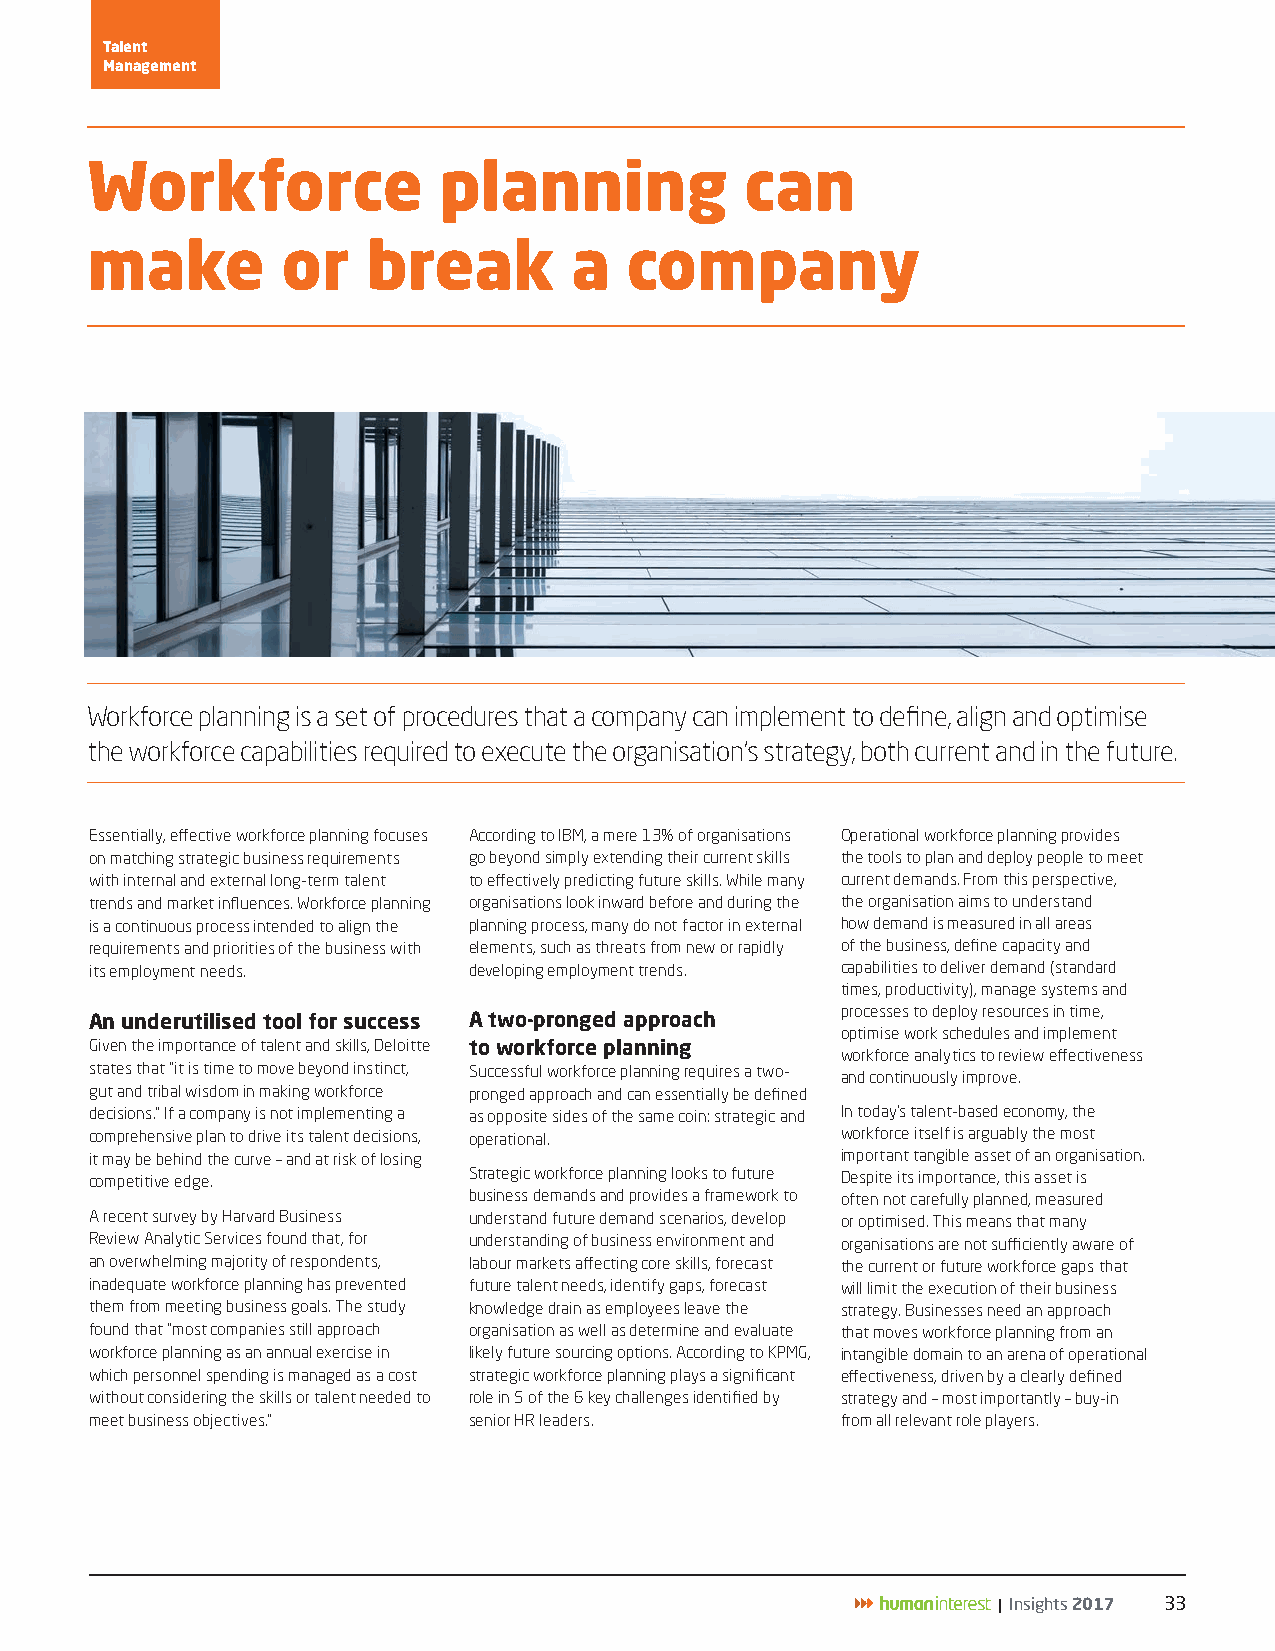
Talent
 Management
 Workforce              planning            can
 make         or   break         a  company
 Workforce planning is a set of procedures that a company can implement to define, align and optimise
 the workforce capabilities required to execute the organisation’s strategy, both current and in the future.
 Essentially, effective workforce planning focuses According to IBM, a mere 13% of organisations Operational workforce planning provides
 on matching strategic business requirements go beyond simply extending their current skills the tools to plan and deploy people to meet
 with internal and external long-term talent to effectively predicting future skills. While many current demands. From this perspective,
 trends and market influences. Workforce planning organisations look inward before and during the the organisation aims to understand
 is a continuous process intended to align the planning process, many do not factor in external how demand is measured in all areas
 requirements and priorities of the business with elements, such as threats from new or rapidly of the business, define capacity and
 its employment needs.    developing employment trends. capabilities to deliver demand (standard
 times, productivity), manage systems and
 processes to deploy resources in time,
 An underutilised tool for success A two-pronged approach
 optimise work schedules and implement
 Given the importance of talent and skills, Deloitte to workforce planning
 workforce analytics to review effectiveness
 states that “it is time to move beyond instinct, Successful workforce planning requires a two-
 and continuously improve.
 gut and tribal wisdom in making workforce pronged approach and can essentially be defined
 decisions.” If a company is not implementing a as opposite sides of the same coin: strategic and In today’s talent-based economy, the
 comprehensive plan to drive its talent decisions, operational. workforce itself is arguably the most
 it may be behind the curve – and at risk of losing important tangible asset of an organisation.
 competitive edge.        Strategic workforce planning looks to future Despite its importance, this asset is
 business demands and provides a framework to often not carefully planned, measured
 A recent survey by Harvard Business understand future demand scenarios, develop or optimised. This means that many
 Review Analytic Services found that, for understanding of business environment and organisations are not sufficiently aware of
 an overwhelming majority of respondents, labour markets affecting core skills, forecast the current or future workforce gaps that
 inadequate workforce planning has prevented future talent needs, identify gaps, forecast will limit the execution of their business
 them from meeting business goals. The study knowledge drain as employees leave the strategy. Businesses need an approach
 found that “most companies still approach organisation as well as determine and evaluate that moves workforce planning from an
 workforce planning as an annual exercise in likely future sourcing options. According to KPMG, intangible domain to an arena of operational
 which personnel spending is managed as a cost strategic workforce planning plays a significant effectiveness, driven by a clearly defined
 without considering the skills or talent needed to role in 5 of the 6 key challenges identified by strategy and – most importantly – buy-in
 meet business objectives.” senior HR leaders.     from all relevant role players.
 | Insights 2017 33